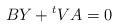
LaTeX: \begin{align*}BY + {}^t VA = 0\end{align*}